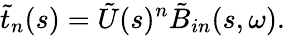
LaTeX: \tilde{t}_{n}(s)=\tilde{U}(s)^{n}\tilde{B}_{in}(s,\omega).